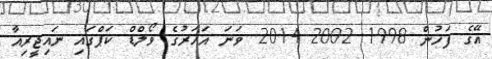
އޭގެ ފަހުން 1998 2002 2014 ވަނަ އަހަރުގެ ވޯލްޑް ކަޕްގައި ނައިޖީރިއާ